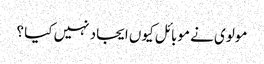
مولوی نے موبائل کیوں ایجاد نہیں کیا ؟